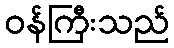
ဝန်ကြီးသည်